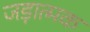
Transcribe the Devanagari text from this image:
जड़ात्मक